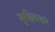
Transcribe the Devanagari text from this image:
सुरक्षितरखने